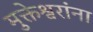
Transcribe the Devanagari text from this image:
मुक्तेश्वरांना